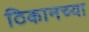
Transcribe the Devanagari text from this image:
ठिकानच्या